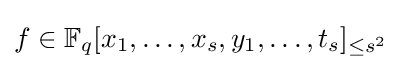
f\in \mathbb {F} _{q}[x_{1},\dots ,x_{s},y_{1},\dots ,t_{s}]_{\leq s^{2}}